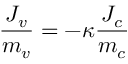
\frac { J _ { v } } { m _ { v } } = - \kappa \frac { J _ { c } } { m _ { c } }